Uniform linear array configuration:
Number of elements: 16
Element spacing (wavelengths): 0.75
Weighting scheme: blackman
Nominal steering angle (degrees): -15
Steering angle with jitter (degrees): -16.742
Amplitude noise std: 0.05
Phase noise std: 0.05

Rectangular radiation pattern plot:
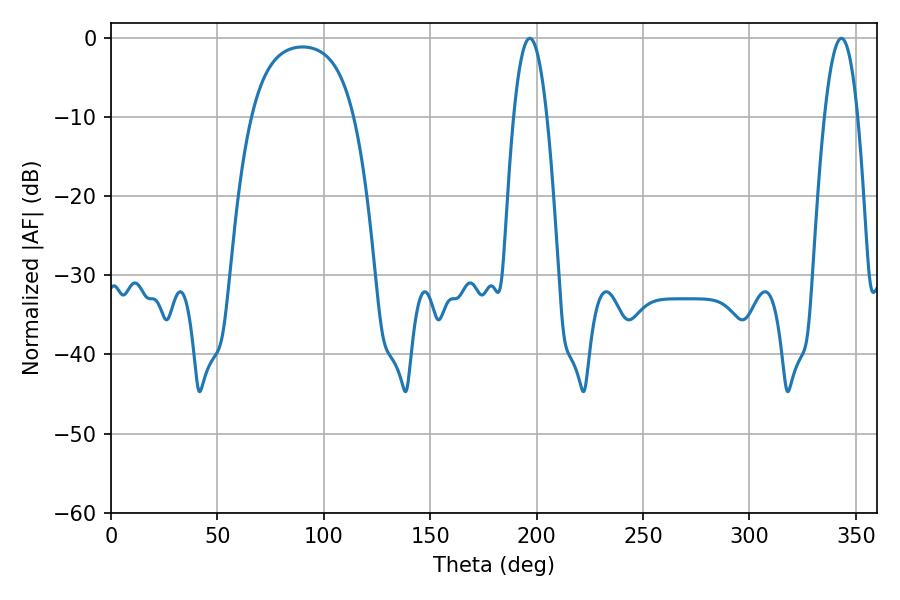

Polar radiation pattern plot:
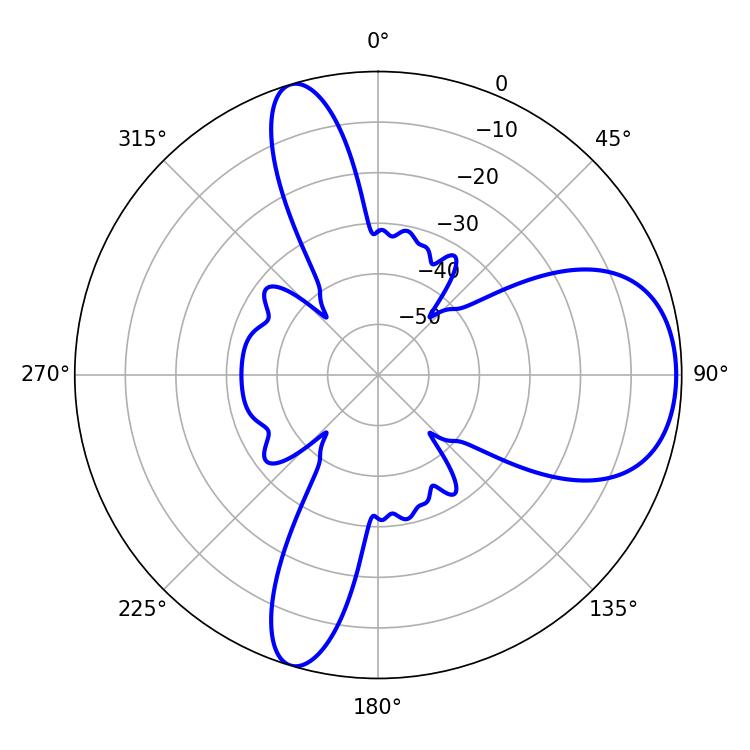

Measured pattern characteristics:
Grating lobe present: TRUE
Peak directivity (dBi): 7.689
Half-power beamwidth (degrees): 8.46
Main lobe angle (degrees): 196.74